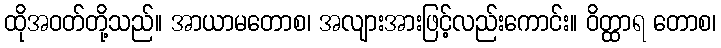
ထိုအဝတ်တို့သည်။ အာယာမတောစ၊ အလျားအားဖြင့်လည်းကောင်း။ ဝိတ္ထာရ တောစ၊